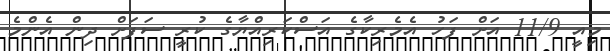
މިއީ 11/9 އަށް ފަހު އެމެރިކާގެ އަސްކަރިއްޔާގެ ކުރީ ސަފަށް ދިން އެންމެ